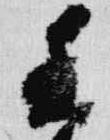
香